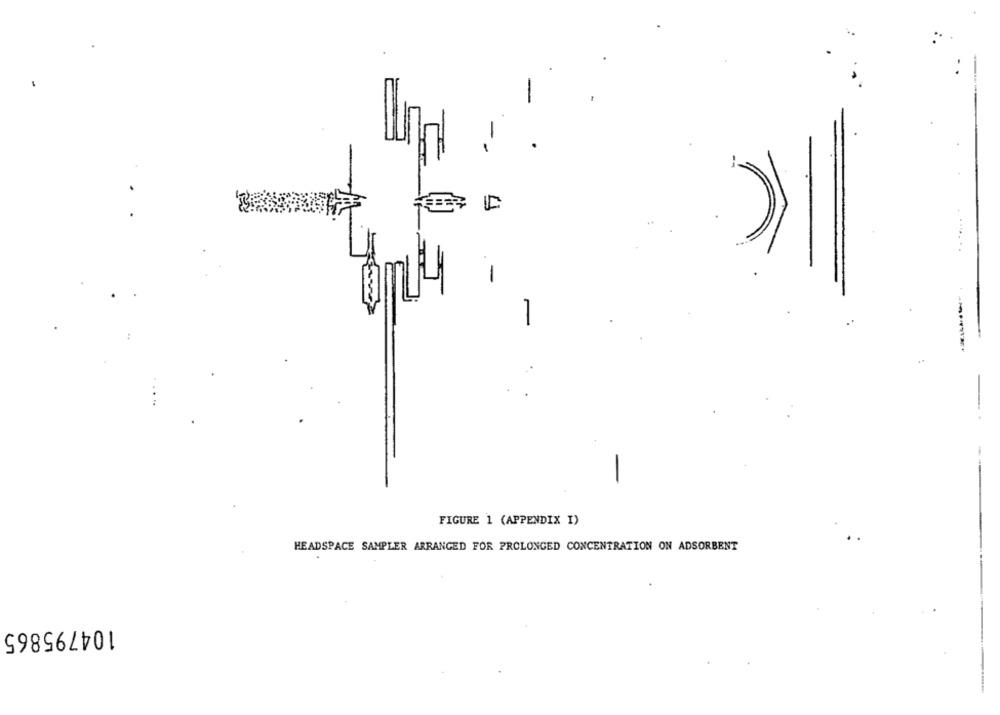
-
FIGURE 1 (APPENDIX I)
HEADSPACE SAMPLER ARRANGED FOR PROLONGED CONCENTRATION ON ADSORBENT
104795865